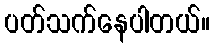
ပတ်သက်နေပါတယ်။